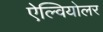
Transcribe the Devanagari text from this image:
ऐल्वियोलर